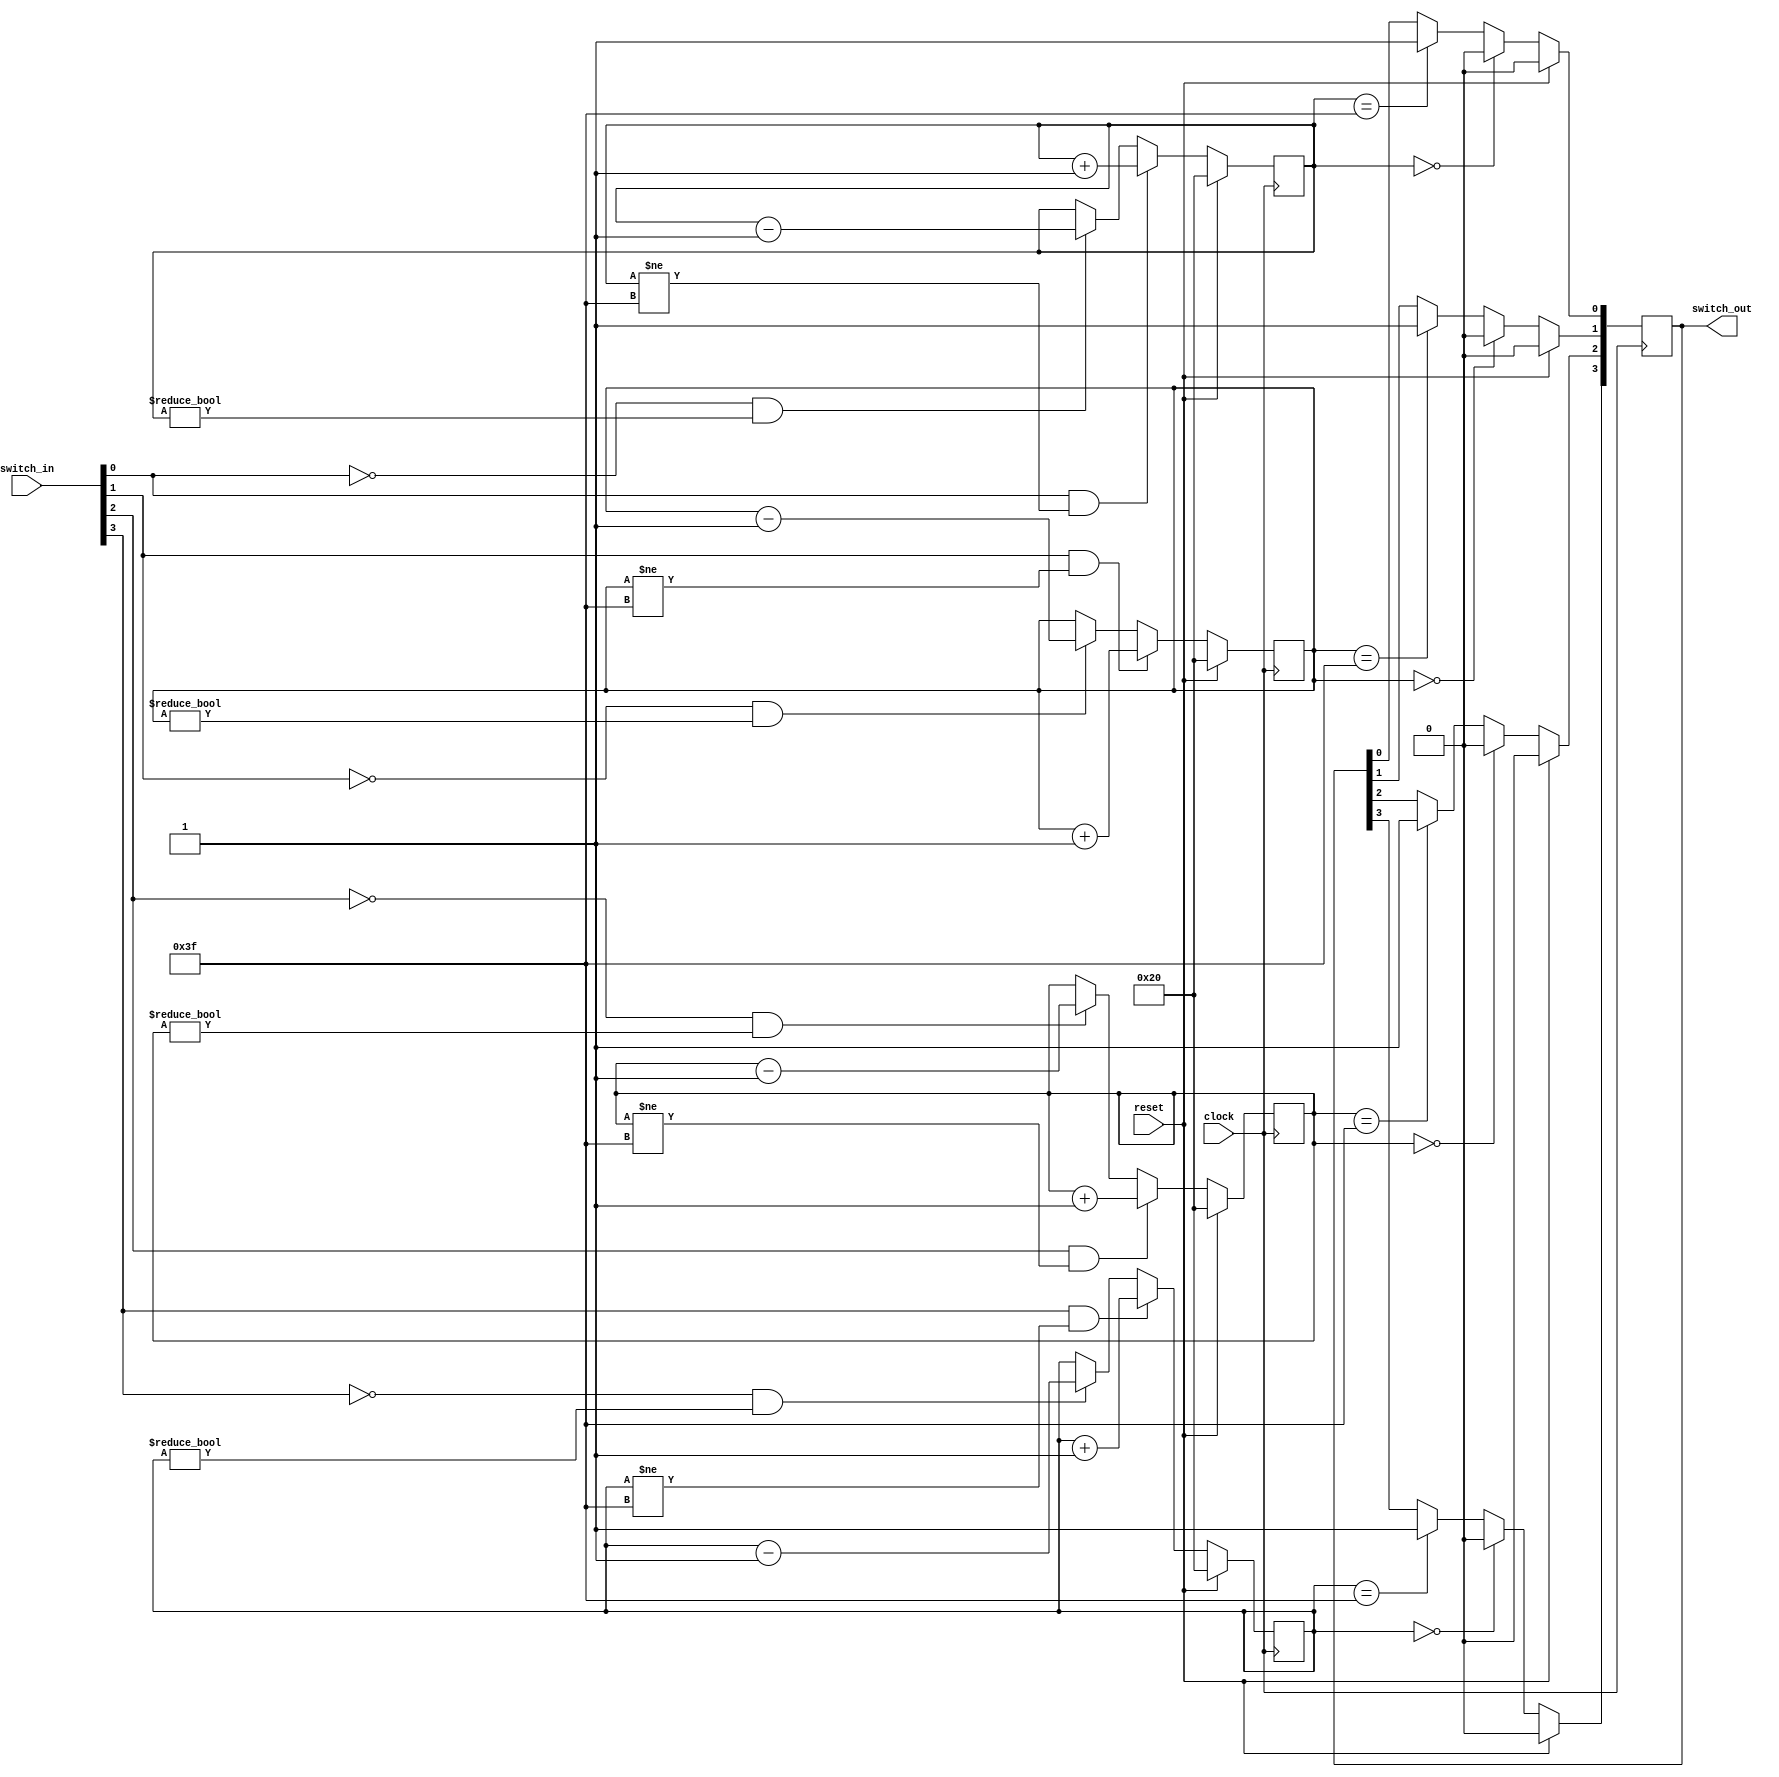
`timescale 1ns / 1ps
/*
 * Project      : University of Utah, XUM Project MIPS32 core
 * Creator(s)   : Grant Ayers (ayers@cs.utah.edu)
 *
 * Modification History:
 *   Rev   Date         Initials  Description of Change
 *   1.0   18-Jun-2012  GEA       Initial design.
 *
 * Standards/Formatting:
 *   Verilog 2001, 4 soft tab, wide column.
 *
 * Description:
 *   A debouncer for 4 switches. 
 */
module Switch_Filter(
    input  clock,
    input  reset,
    input  [3:0] switch_in,
    output reg [3:0] switch_out
    );


    reg [5:0] c3, c2, c1, c0;

    always @(posedge clock) begin
        c0 <= (reset) ? 6'h20 : ((switch_in[0] & (c0 != 6'h3F)) ? c0 + 1'b1 : ((~switch_in[0] & (c0 != 6'h00)) ? c0 - 1'b1 : c0));
        c1 <= (reset) ? 6'h20 : ((switch_in[1] & (c1 != 6'h3F)) ? c1 + 1'b1 : ((~switch_in[1] & (c1 != 6'h00)) ? c1 - 1'b1 : c1));
        c2 <= (reset) ? 6'h20 : ((switch_in[2] & (c2 != 6'h3F)) ? c2 + 1'b1 : ((~switch_in[2] & (c2 != 6'h00)) ? c2 - 1'b1 : c2));
        c3 <= (reset) ? 6'h20 : ((switch_in[3] & (c3 != 6'h3F)) ? c3 + 1'b1 : ((~switch_in[3] & (c3 != 6'h00)) ? c3 - 1'b1 : c3));
    end

    always @(posedge clock) begin
        switch_out[0] <= (reset) ? 1'b0 : ((c0 == 6'h00) ? 1'b0 : ((c0 == 6'h3F) ? 1'b1 : switch_out[0]));
        switch_out[1] <= (reset) ? 1'b0 : ((c1 == 6'h00) ? 1'b0 : ((c1 == 6'h3F) ? 1'b1 : switch_out[1]));
        switch_out[2] <= (reset) ? 1'b0 : ((c2 == 6'h00) ? 1'b0 : ((c2 == 6'h3F) ? 1'b1 : switch_out[2]));
        switch_out[3] <= (reset) ? 1'b0 : ((c3 == 6'h00) ? 1'b0 : ((c3 == 6'h3F) ? 1'b1 : switch_out[3]));
    end

endmodule